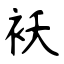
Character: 袄